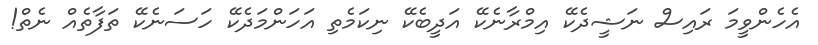
އެހެންވީމަ ރައިސް ނަޝީދެކޭ އިމްރާނެކޭ އަދީބެކޭ ނިކަމެތި އަހަންމަދެކޭ ހަސަނެކޭ ތަފާތެއް ނެތް!